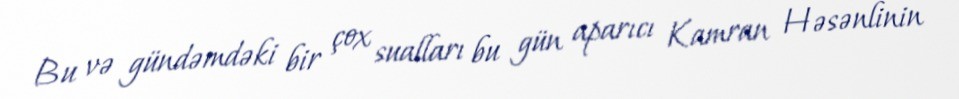
Bu və gündəmdəki bir çox sualları bu gün aparıcı Kamran Həsənlinin